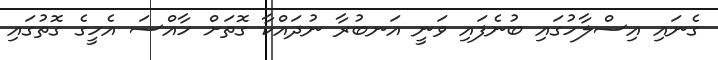
ގެނައި އިސްލާހުގައި ބުނެފައި ވަނީ އަނބުރާ ނުދައްކާ ގޮތަށް ހާއްސަ އެހީގެ ގޮތުގައި